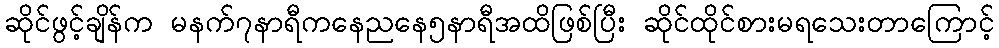
ဆိုင်ဖွင့်ချိန်က မနက်၇နာရီကနေညနေ၅နာရီအထိဖြစ်ပြီး ဆိုင်ထိုင်စားမရသေးတာကြောင့်